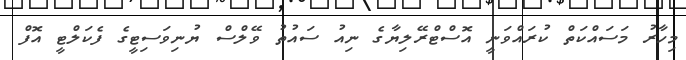
މިހާރު މަސައްކަތް ކުރައްވަނީ އޮސްޓްރޭލިޔާގެ ނިއު ސައުތު ވޭލްސް ޔުނިވަސިޓީގެ ފެކަލްޓީ އޮފް